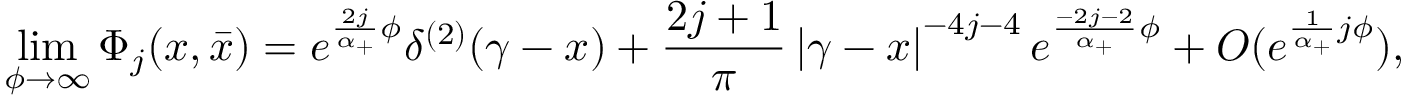
\operatorname * { l i m } _ { \phi \rightarrow \infty } \Phi _ { j } ( x , \bar { x } ) = e ^ { \frac { 2 j } { \alpha _ { + } } \phi } \delta ^ { ( 2 ) } ( \gamma - x ) + \frac { 2 j + 1 } { \pi } \left| \gamma - x \right| ^ { - 4 j - 4 } e ^ { \frac { - 2 j - 2 } { \alpha _ { + } } \phi } + { \cal O } ( e ^ { \frac 1 { \alpha _ { + } } j \phi } ) ,